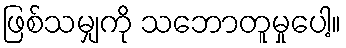
ဖြစ်သမျှကို သဘောတူမှုပေါ့။